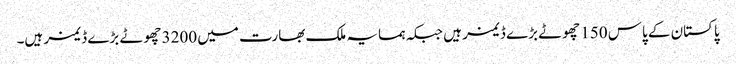
پاکستان کے پاس 150 چھوٹے بڑے ڈیمز ہیں جبکہ ہمسایہ ملک بھارت میں 3200 چھوٹے بڑے ڈیمز ہیں۔